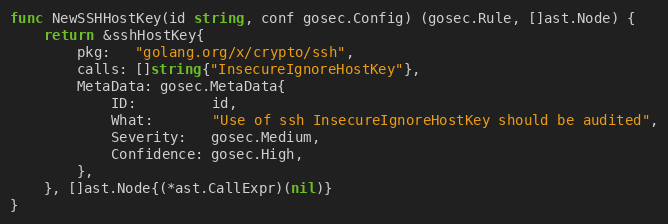
Language: Go
func NewSSHHostKey(id string, conf gosec.Config) (gosec.Rule, []ast.Node) {
	return &sshHostKey{
		pkg:   "golang.org/x/crypto/ssh",
		calls: []string{"InsecureIgnoreHostKey"},
		MetaData: gosec.MetaData{
			ID:         id,
			What:       "Use of ssh InsecureIgnoreHostKey should be audited",
			Severity:   gosec.Medium,
			Confidence: gosec.High,
		},
	}, []ast.Node{(*ast.CallExpr)(nil)}
}